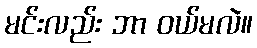
မင်းလည်း ဘာ ဝယ်မလဲ။